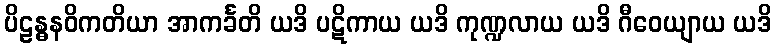
ပိဠန္ဓနဝိကတိယာ အာကင်္ခတိ ယဒိ ပဋိကာယ ယဒိ ကုဏ္ဍလာယ ယဒိ ဂီဝေယျာယ ယဒိ